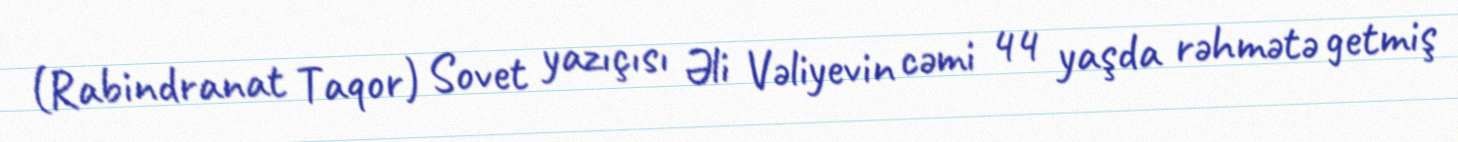
(Rabindranat Taqor) Sovet yazıçısı Əli Vəliyevin cəmi 44 yaşda rəhmətə getmiş